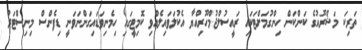
ތަރިކަ މަޝްރޫއުގެ ކަންކަން ހިންގުމަށްޓަކައި ރައީސުލްޖުމްހޫރިއްޔާ އެކުލަވައިލެއްވި ކޮމިޓީގައި ހިމެނިވަޑައިގަންނަވަނީ ޑިފެންސް މިނިސްޓަރު